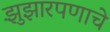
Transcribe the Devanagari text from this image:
झुंझारपणाचे